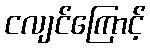
ငလျင်ကြောင့်